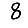
Digit: 8